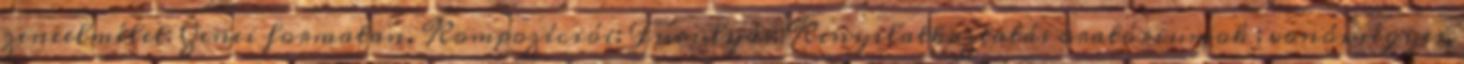
zeneelmélet: Zenei formatan. Kompozíciói: Furulyás; Kinyilatkoztatás oratóriumok ; vonósnégyes,